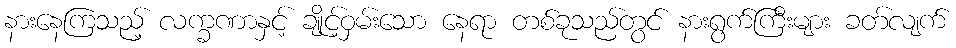
နားနေကြသည့် လက္ခဏာနှင့် ချိုင့်ဝှမ်းသော နေရာ တစ်ခုသည်တွင် နားရွက်ကြီးများ ခတ်လျက်